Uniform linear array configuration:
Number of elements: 4
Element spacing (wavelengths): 0.25
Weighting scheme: exponential
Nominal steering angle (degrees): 30
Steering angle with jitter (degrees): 30.553
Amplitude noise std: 0.05
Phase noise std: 0.05

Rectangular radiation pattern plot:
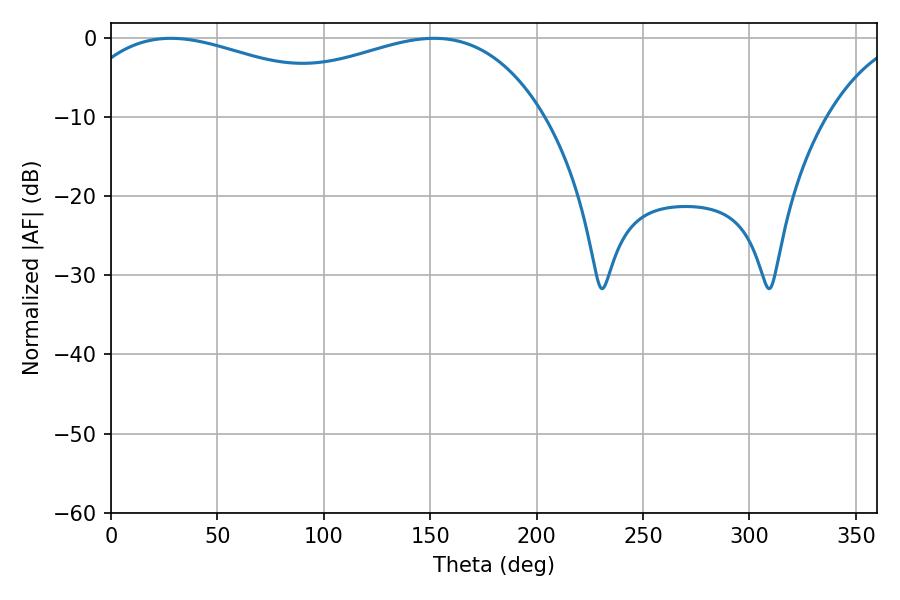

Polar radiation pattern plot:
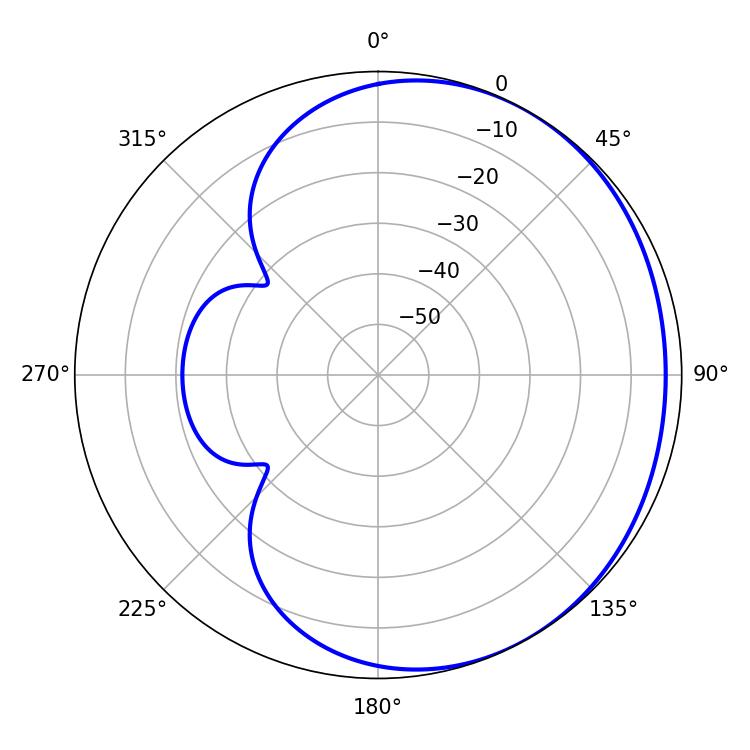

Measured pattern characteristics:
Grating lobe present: FALSE
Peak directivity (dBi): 1.689
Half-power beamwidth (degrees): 81
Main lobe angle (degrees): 28.08